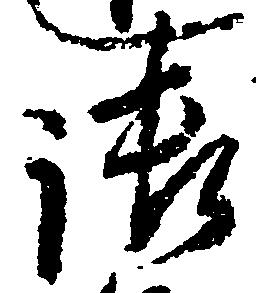
御